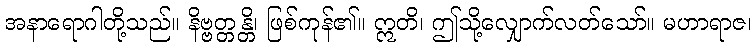
အနာရောဂါတို့သည်။ နိဗ္ဗတ္တန္တိ၊ ဖြစ်ကုန်၏။ ဣတိ၊ ဤသို့လျှောက်လတ်သော်။ မဟာရာဇ၊